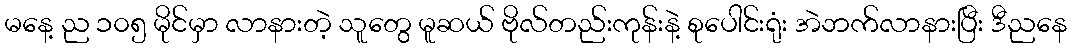
မနေ့ ည ၁၀၅ မိုင်မှာ လာနားတဲ့ သူတွေ မူဆယ် ဗိုလ်တည်းကုန်းနဲ့ စုပေါင်းရုံး အဲဘက်လာနားပြီး ဒီညနေ